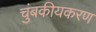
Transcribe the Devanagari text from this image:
चुंबकीयकरण